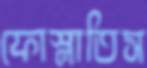
ফোস্‌লাতিস